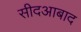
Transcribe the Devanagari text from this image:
सीदआबाद